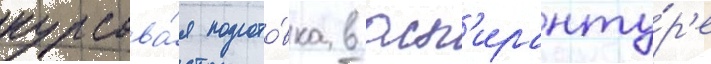
курсова́я подгото́вка в асп'иранту́р'е